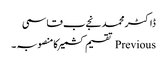
ڈاکٹر محمد نجےب قاسمی
Previous تقسیم کشمیرکامنصوبہ ۔